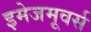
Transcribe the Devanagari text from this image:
इमेजमूवर्स